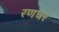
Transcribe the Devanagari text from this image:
रणघर